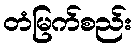
တံမြက်စည်း